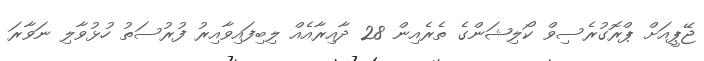
ޖޭޕީއަށް ޕްރޮގުރެސިވް ކޯލިޝަންގެ ތެރެއިން 28 ދާއިރާއެއް ލިބިފައިވާއިރު ފުރުސަތު ހުޅުވާލި ނަވާރަ